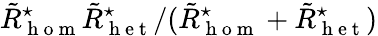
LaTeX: \tilde{R}_{\mathrm{~h~o~m~}}^{\star}\tilde{R}_{\mathrm{~h~e~t~}}^{\star}/(\tilde{R}_{\mathrm{~h~o~m~}}^{\star}+\tilde{R}_{\mathrm{~h~e~t~}}^{\star})